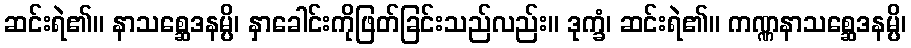
ဆင်းရဲ၏။ နာသစ္ဆေဒနမ္ပိ၊ နှာခေါင်းကိုဖြတ်ခြင်းသည်လည်း။ ဒုက္ခံ၊ ဆင်းရဲ၏။ ကဏ္ဏနာသစ္ဆေဒနမ္ပိ၊